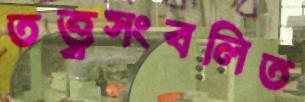
তত্ত্বসংবলিত